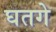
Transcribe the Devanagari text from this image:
घतगे